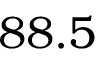
8 8 . 5